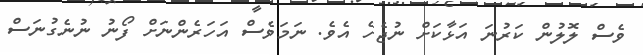
ވެސް ލޮލުން ކަރުނަ އަޅާކަށް ނުޖެހެ އެވެ. ނަމަވެސް އަހަރެންނަށް ފޯނު ނުނެގުނަސް